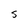
Character: S